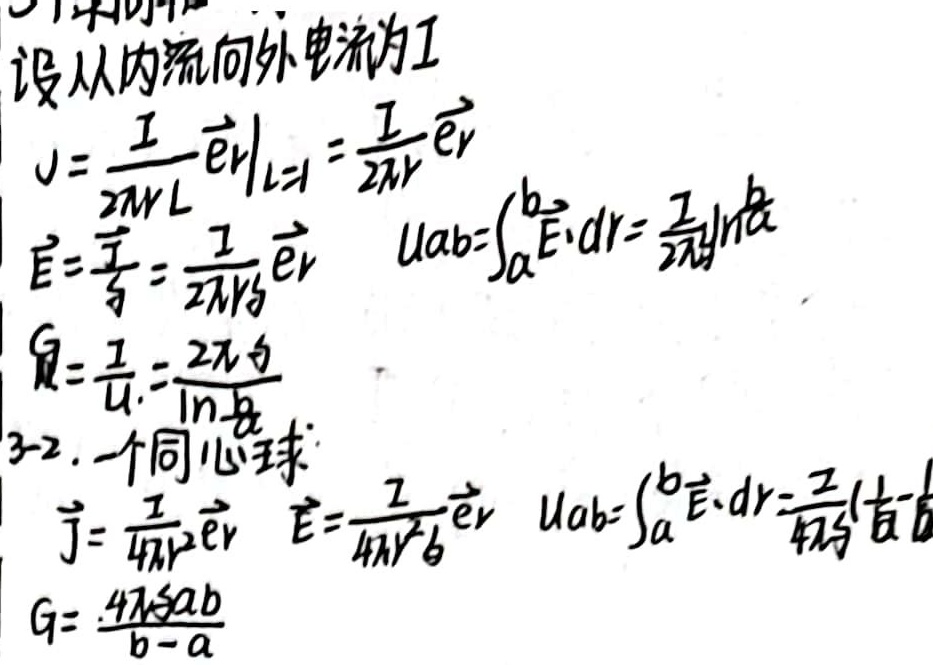
设从内流向外电流为\(I\)。
\[
\begin{align*}
\vec{J}&=\frac{I}{2\pi rL}\vec{e}_r\big|_{L = 1}=\frac{I}{2\pi r}\vec{e}_r\\
\vec{E}&=\frac{\vec{J}}{\sigma}=\frac{I}{2\pi r\sigma}\vec{e}_r\\
u_{ab}&=\int_{a}^{b}\vec{E}\cdot d\vec{r}=\frac{I}{2\pi\sigma}\ln\frac{b}{a}\\
G&=\frac{I}{u_{ab}}=\frac{2\pi\sigma}{\ln\frac{b}{a}}
\end{align*}
\]

3 - 2. 一个同心球：
\[
\begin{align*}
\vec{J}&=\frac{I}{4\pi r^{2}}\vec{e}_r\\
\vec{E}&=\frac{I}{4\pi r^{2}\sigma}\vec{e}_r\\
u_{ab}&=\int_{a}^{b}\vec{E}\cdot d\vec{r}=\frac{I}{4\pi\sigma}(\frac{1}{a}-\frac{1}{b})\\
G&=\frac{4\pi\sigma ab}{b - a}
\end{align*}
\]